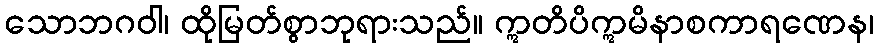
သောဘဂဝါ၊ ထိုမြတ်စွာဘုရားသည်။ ဣတိပိဣမိနာစကာရဏေန၊